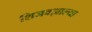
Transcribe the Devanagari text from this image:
शिजवझाल्या